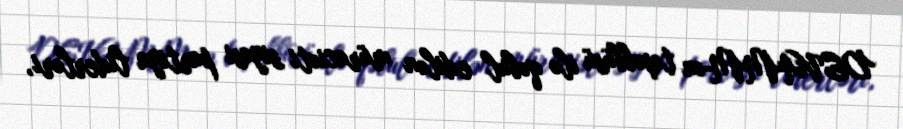
DEVAMM-ın təşəbbüsü ilə qəbul edilən müraciəti siyasi partiya liderləri,